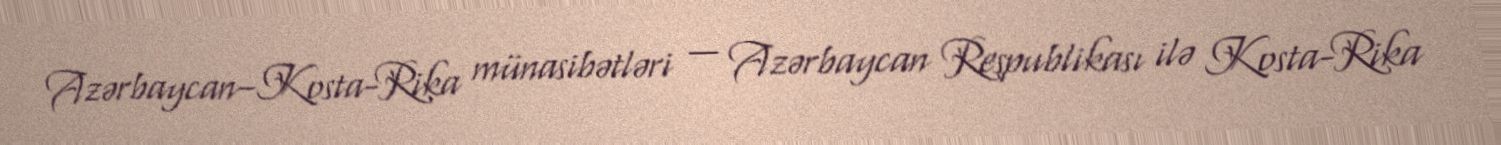
Azərbaycan–Kosta-Rika münasibətləri — Azərbaycan Respublikası ilə Kosta-Rika